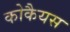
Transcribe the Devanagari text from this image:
कोकैयस